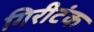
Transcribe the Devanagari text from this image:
गिरीटंक